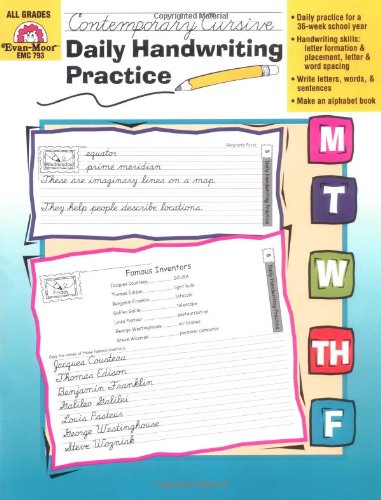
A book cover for Daily Handwriting Practice, Contemporary Cursive; Evan Moor; Reference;